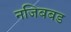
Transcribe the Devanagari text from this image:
नजिबबड